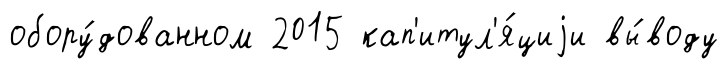
обору́дованном 2015 кап'итул'я́циjи вы́воду